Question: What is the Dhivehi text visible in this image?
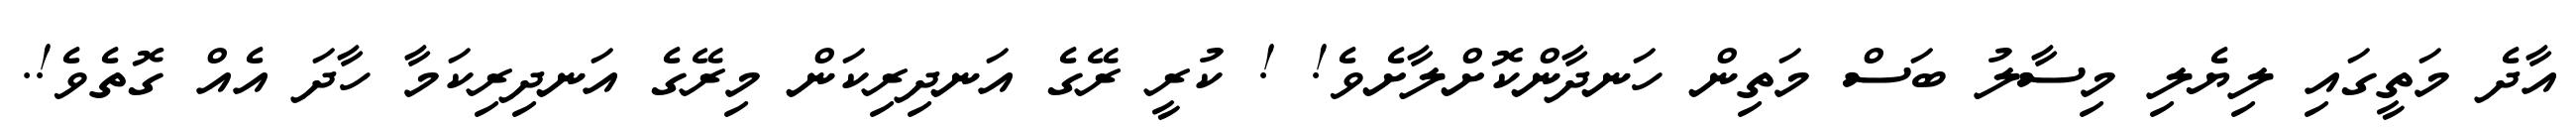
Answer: އާދެ މަތީގައި ލިޔެލި މިސާލު ބަސް މަތިން ހަނދާންކޮށްލާށެވެ! ! ކުރީ ރޭގެ އަނދިރިކަން މިރޭގެ އަނދިރިކަމާ ހާދަ އެއް ގޮތެވެ!.